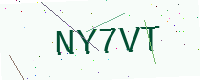
Text: NY7VT